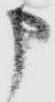
申